Indian journal of veterinary science and animal husbandry - Volume 8,
Year: 1938
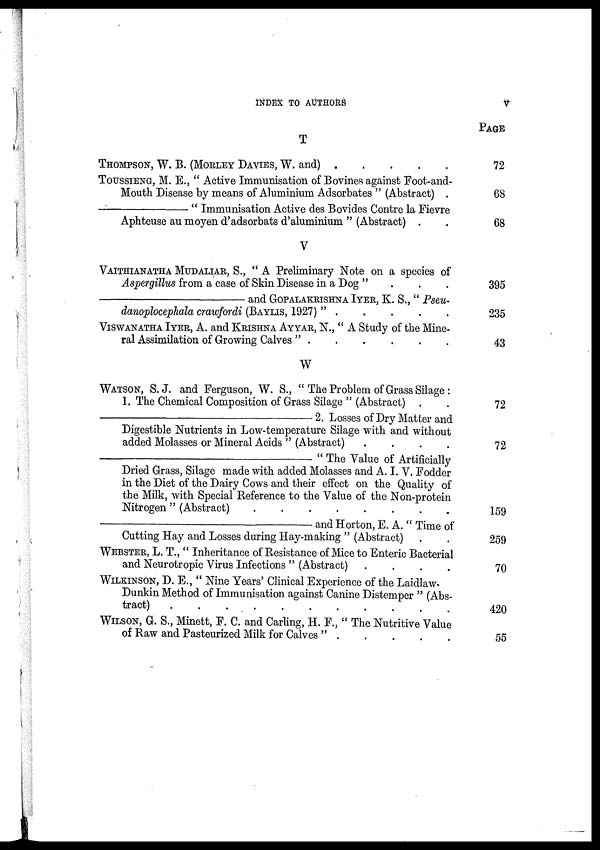
INDEX TO AUTHORS
V
T
THOMPSON, W. B. (MORLEY DAVIES, W. and)
.
.
.
.
.
TOTTSSIENG, M. E., " Active Immunisation of Bovines against Foot-and-
Mouth Disease by means of Aluminium Adsorbates " (Abstract) .
—"
Immunisation Active des Bovides Contre la Fievre
Aphteuse au moyen d'adsorbats d'aluminium " (Abstract) . .
V
VAITHIANATHA MUDALIAR, S., " A Preliminary Note on a species of
Aspergillus from a case of Skin Disease in a Dog ".
.
.
—and
GOPALAKRISHNA
IYER,
K.
S.,
" Pseu-
danophcephala crawfordi (BAYLIS, 1927) ". . . . .
VISWANATHA IYER, A. and KRISHNA AYYAR, N., " A Study of the Mine-
ral Assimilation of Growing Calves " . . . . . .
W
WATSON, S. J. and Ferguson, W. S., " The Problem of Grass Silage:
1. The Chemical Composition of Grass Silage " (Abstract) . .
—2.
Losses of Dry Matter and
Digestible Nutrients in Low-temperature Silage with and without
added Molasses or Mineral Acids " (Abstract)
.
.
.
.
—"
The Value of Artificially
Dried Grass, Silage made with added Molasses and A. I. V. Fodder
in the Diet of the Dairy Cows and their effect on the Quality of
the Milk, with Special Reference to the Value of the Non-protein
Nitrogen " (Abstract)
.
.
.
.
.
.
.
.
—and
Horton, E. A. " Time of
Cutting Hay and Losses during Hay-making " (Abstract) . . . . . . . .
WEBSTER, L. T., " Inheritance of Resistance of Mice to Enteric Bacterial
and Neurotropic Virus Infections " (Abstract) .
.
.
.
WILKINSON, D. E., " Nine Years' Clinical Experience of the Laidlaw
Dunkin Method of Immunisation against Canine Distemper " (Abs-
WILSON, G. S., Minett, F. C. and Carling, H. F., " The Nutritive Value
of Raw and Pasteurized Milk for Calves "
.
.
.
.
.
PAGE
72
68
68
395
235
43
72
72
159
259
70
420
55